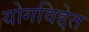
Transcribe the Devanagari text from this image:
योगविद्देत